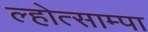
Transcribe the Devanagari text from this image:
ल्होत्साम्पा